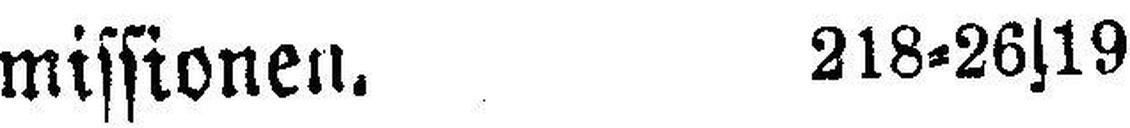
missionen. 218=26|19